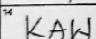
Transcription: KAW